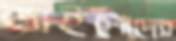
ভাইপোদের